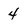
Character: 4